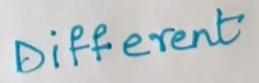
Different